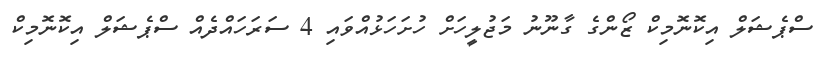
ސްޕެޝަލް އިކޮނޮމިކް ޒޯންގެ ގާނޫނު މަޖުލީހަށް ހުށަހަޅުއްވައި 4 ސަރަހައްދެއް ސްޕެޝަލް އިކޮނޮމިކް